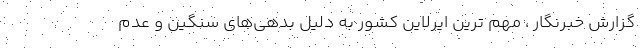
گزارش خبرنگار ، مهم ترین ایرلاین کشور به دلیل بدهی‌های سنگین و عدم